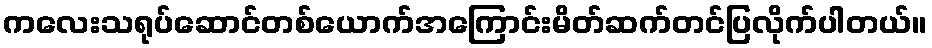
ကလေးသရုပ်ဆောင်တစ်ယောက်အကြောင်းမိတ်ဆက်တင်ပြလိုက်ပါတယ်။